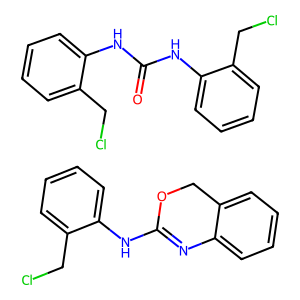
SMILES: ClCc1ccccc1NC1=Nc2ccccc2CO1.O=C(Nc1ccccc1CCl)Nc1ccccc1CCl
Inhibits HIV replication: No